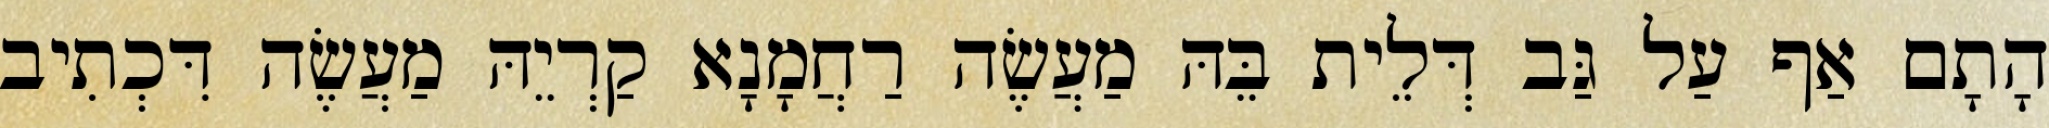
הָתָם אַף עַל גַּב דְּלֵית בֵּהּ מַעֲשֶׂה רַחֲמָנָא קַרְיֵהּ מַעֲשֶׂה דִּכְתִיב